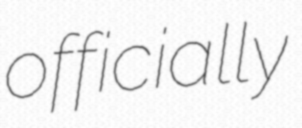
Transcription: officially